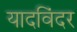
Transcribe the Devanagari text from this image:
यादविंदर